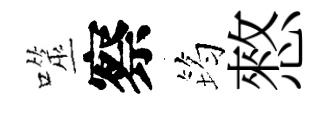
噬察筠憗